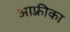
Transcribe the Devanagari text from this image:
आफ़्रीका